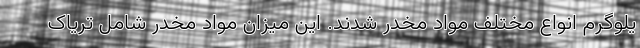
یلوگرم انواع مختلف مواد مخدر شدند. این میزان مواد مخدر شامل تریاک